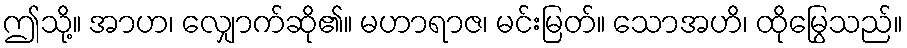
ဤသို့။ အာဟ၊ လျှောက်ဆို၏။ မဟာရာဇ၊ မင်းမြတ်။ သောအဟိ၊ ထိုမြွေသည်။